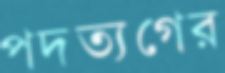
পদত্যগের